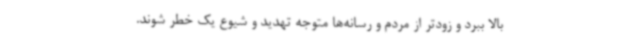
بالا ببرد و زودتر از مردم و رسانه‌ها متوجه تهدید و شیوع یک خطر شوند.